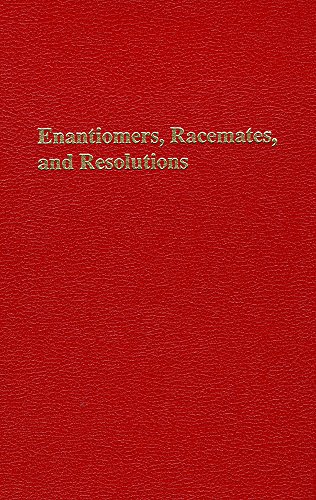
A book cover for Enantoimers, Racemates and Resolutions; Jean Jacques; Science & Math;